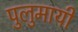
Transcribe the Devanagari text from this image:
पुलुमायी